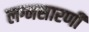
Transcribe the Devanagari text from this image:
लग्नसारणी